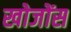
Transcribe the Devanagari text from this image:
खोजोंस